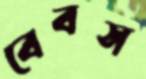
বেবস